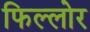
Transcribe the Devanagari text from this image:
फिल्लोर